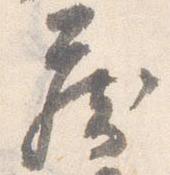
蔵